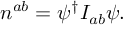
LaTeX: n ^ { a b } = \psi ^ { \dagger } I _ { a b } \psi .